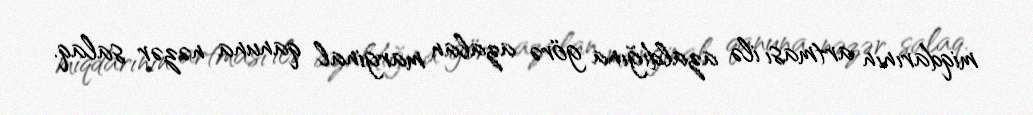
miqdarının artması ilə azaldığına görə azalan marginal qanuna nəzər salaq.